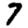
Digit: 7